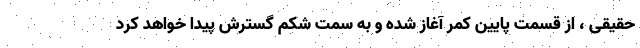
حقیقی ، از قسمت پایین کمر آغاز شده و به سمت شکم گسترش پیدا خواهد کرد